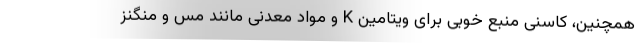
همچنین، کاسنی منبع خوبی برای ویتامین K و مواد معدنی مانند مس و منگنز